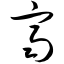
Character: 齐